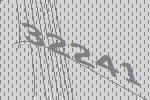
32241